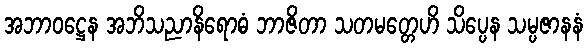
အဘာဝဋ္ဌေန အဘိသညာနိရောဓံ ဘာဇိတာ သတမတ္တေဟိ သိပ္ပေန သမ္ပဇာနနံ